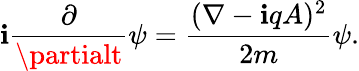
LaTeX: \mathbf{i}{\frac{{\partial}}{{\partialt}}}\psi={\frac{{(\nabla-\mathbf{i}qA)^{2}}}{{2m}}}\psi.